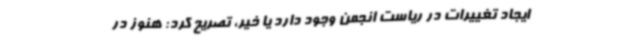
ایجاد تغییرات در ریاست انجمن وجود دارد یا خیر، تصریح کرد: هنوز در